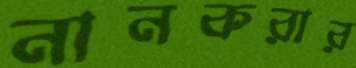
নানকরার